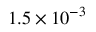
1 . 5 \times 1 0 ^ { - 3 }